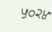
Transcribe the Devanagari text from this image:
५०२४